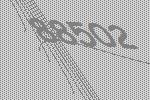
88502